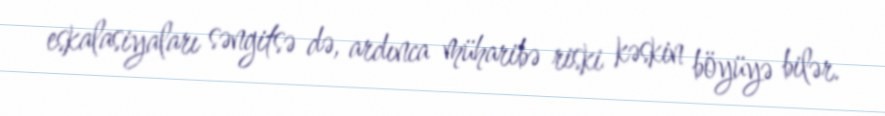
eskalasiyaları səngitsə də, ardınca müharibə riski kəskin böyüyə bilər.